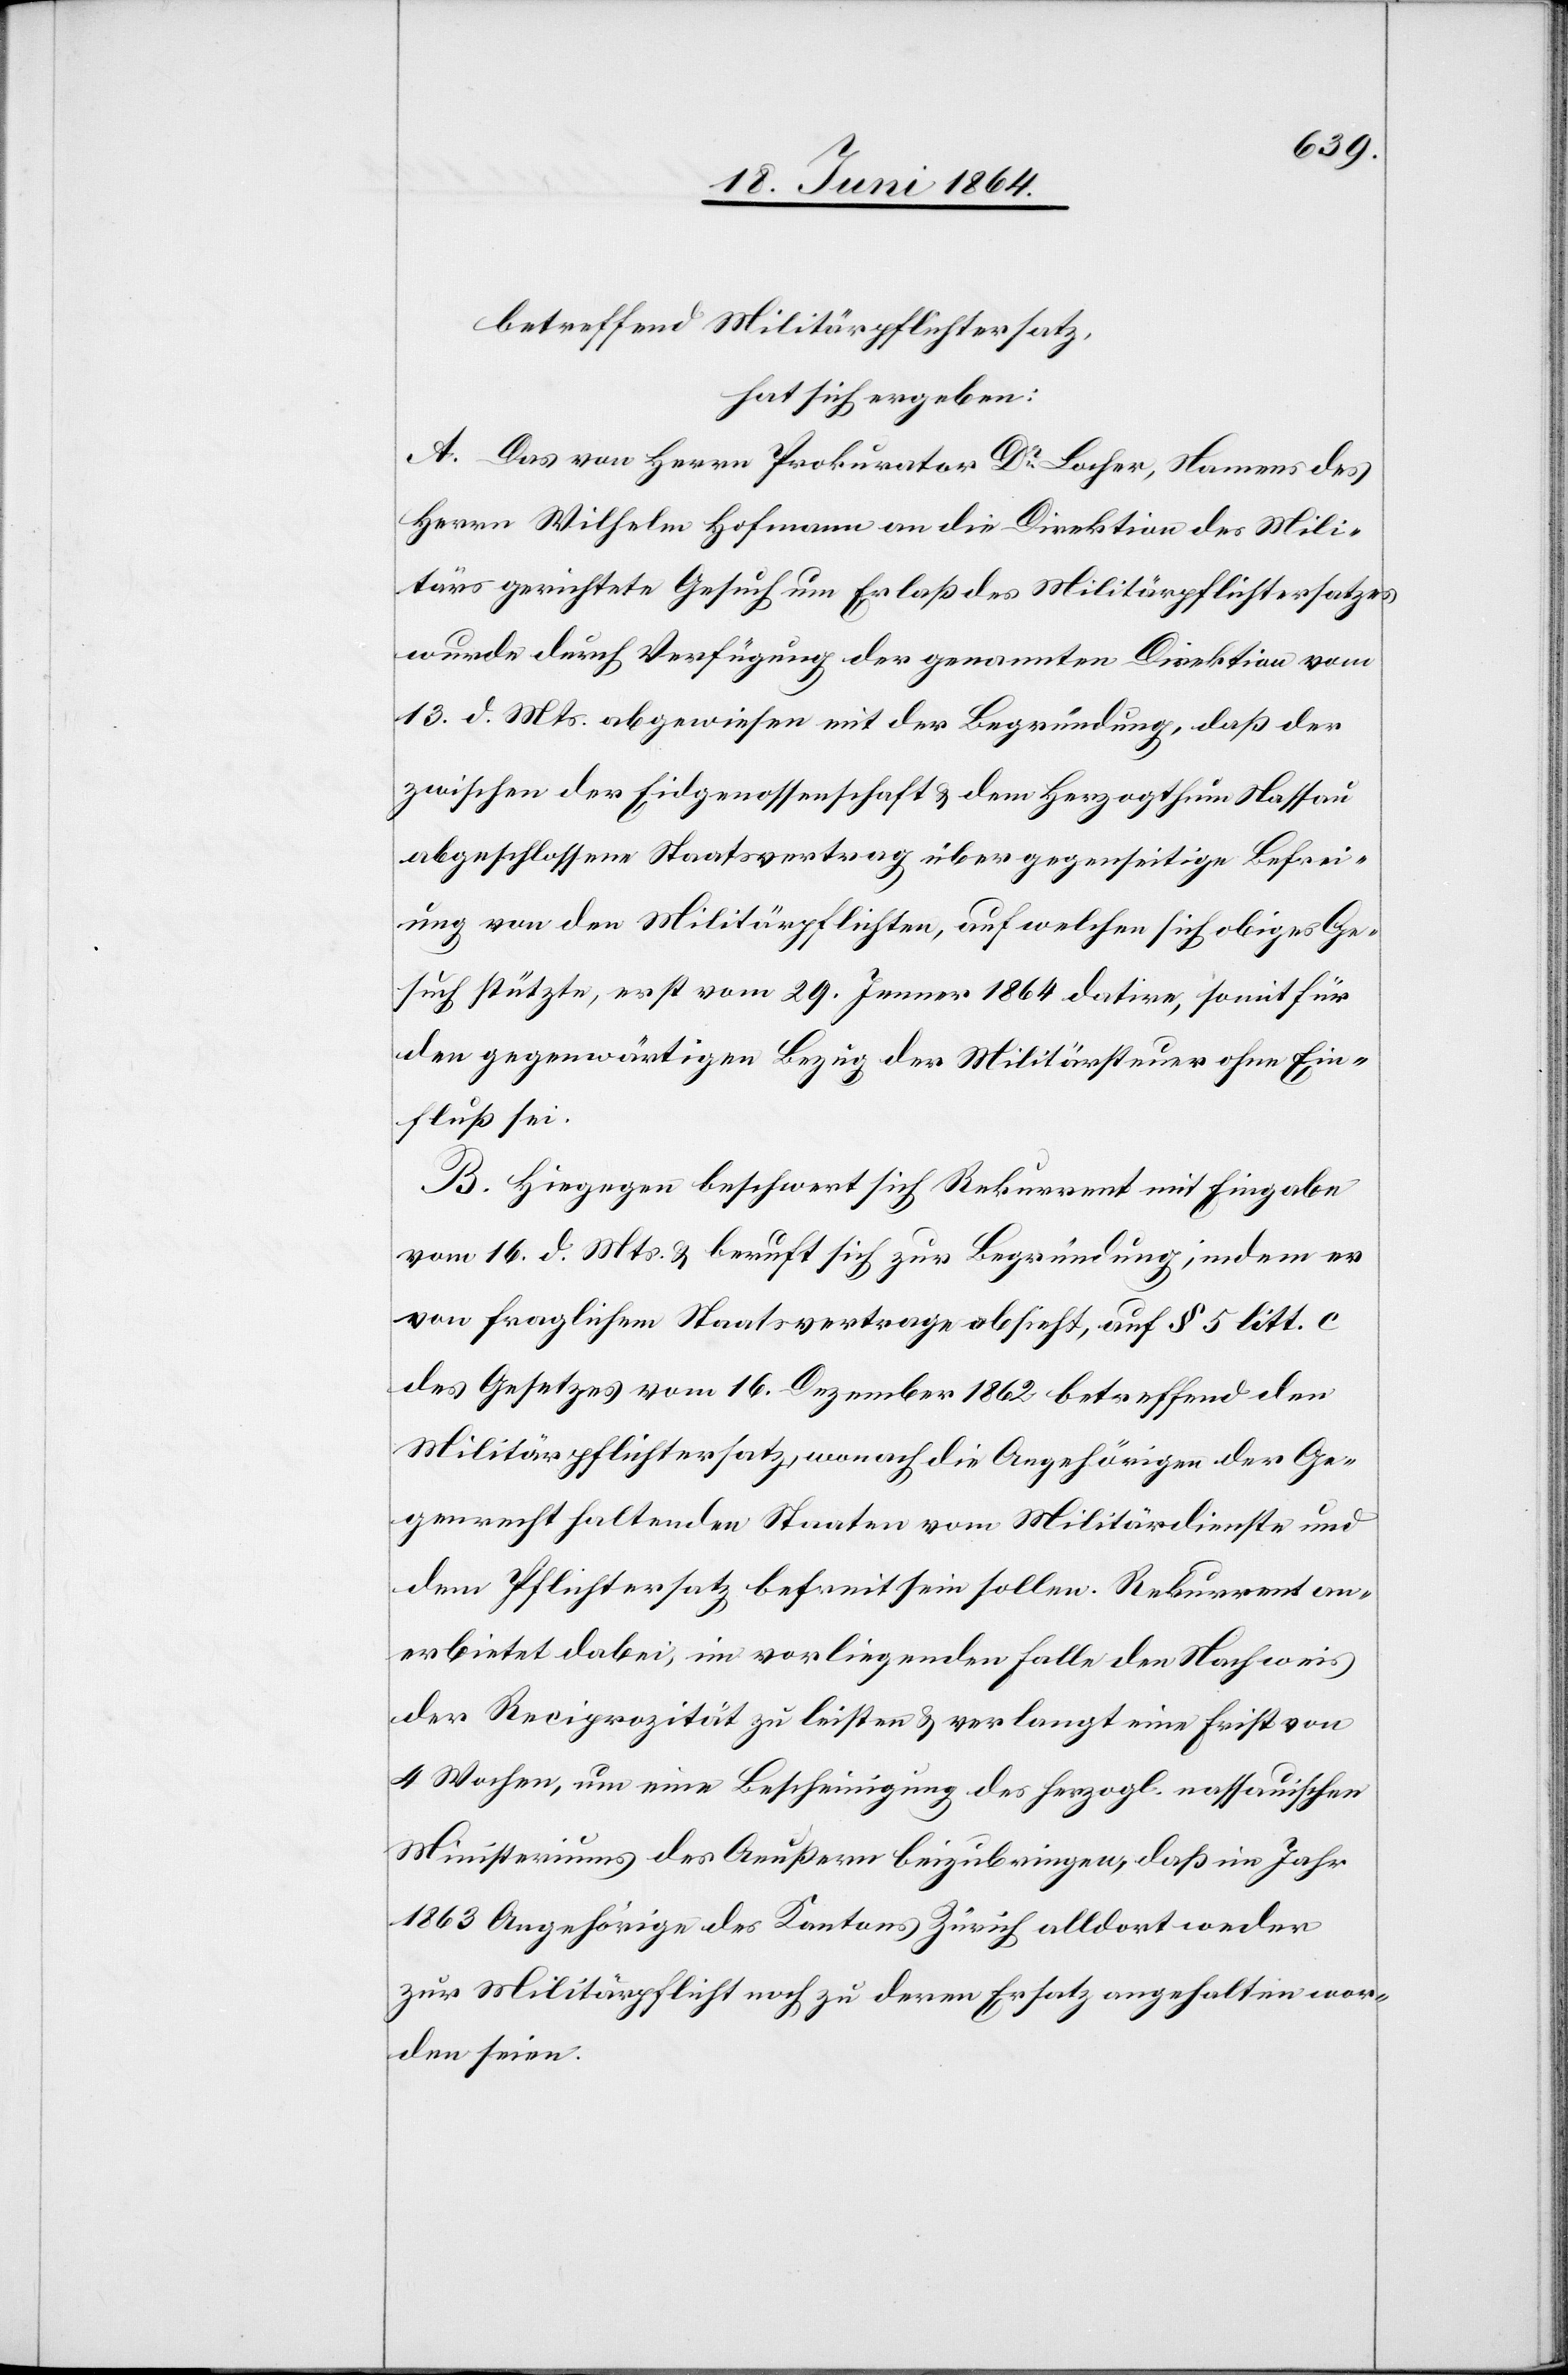
betreffend Militärpflichtersatz,
hat sich ergeben:
A. Das von Herrn Prokurator Dr Locher, Namens des
Herrn Wilhelm Hofmann an die Direktion des Mili¬
tärs gerichtete Gesuch um Erlaß des Militärpflichtersatzes
wurde durch Verfügung der genannten Direktion vom
13. d. Mts. abgewiesen mit der Begründung, daß der
zwischen der Eidgenossenschaft u. dem Herzogthum Nassau
abgeschlossene Staatsvertrag über gegenseitige Befrei¬
ung von den Militärpflichten, auf welchen sich obiges Ge¬
such stütze, erst vom 29. Jenner 1864 datire, somit für
den gegenwärtigen Bezug der Militärsteuer ohne Ein¬
fluß sei.
B. Hiegegen beschwert sich Rekurrent mit Eingabe
vom 16. d. Mts. u. beruft sich zur Begründung, indem er
von fraglichem Staatsvertrage absieht, auf § 5 litt. c
des Gesetzes vom 16. Dezember 1862 betreffend den
Militärpflichtersatz, wonach die Angehörigen der Ge¬
genrecht haltenden Staaten vom Militärdienste und
dem Pflichtersatz befreit sein sollen. Rekurrent an¬
erbietet dabei, im vorliegenden Falle den Nachweis
der Reciprozität zu leisten u. verlangt eine Frist von
4 Wochen, um eine Bescheinigung des herzogl. nassauischen
Ministeriums des Aeußern beizubringen, daß im Jahr
1863 Angehörige des Kantons Zürich alldort weder
zur Militärpflicht noch zu deren Ersatz angehalten wor¬
den seien.